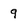
Character: 9